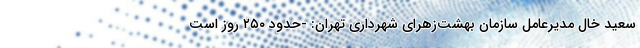
سعید خال مدیرعامل سازمان بهشت‌زهرای شهرداری تهران: -حدود ۲۵۰ روز است